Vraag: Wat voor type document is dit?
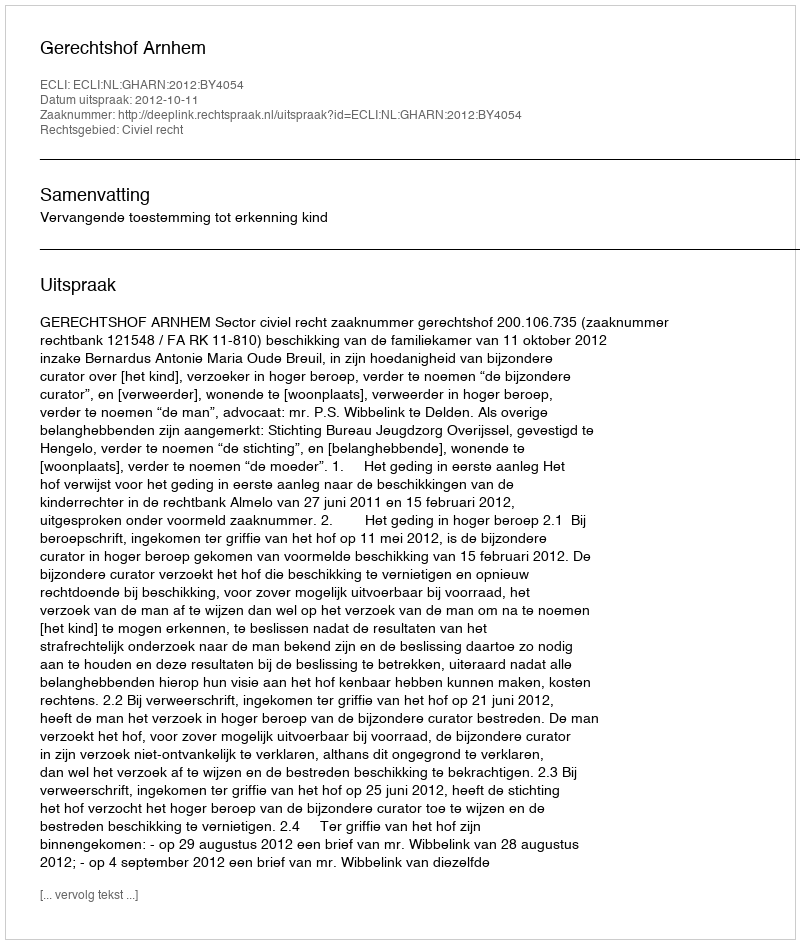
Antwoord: Uitspraak